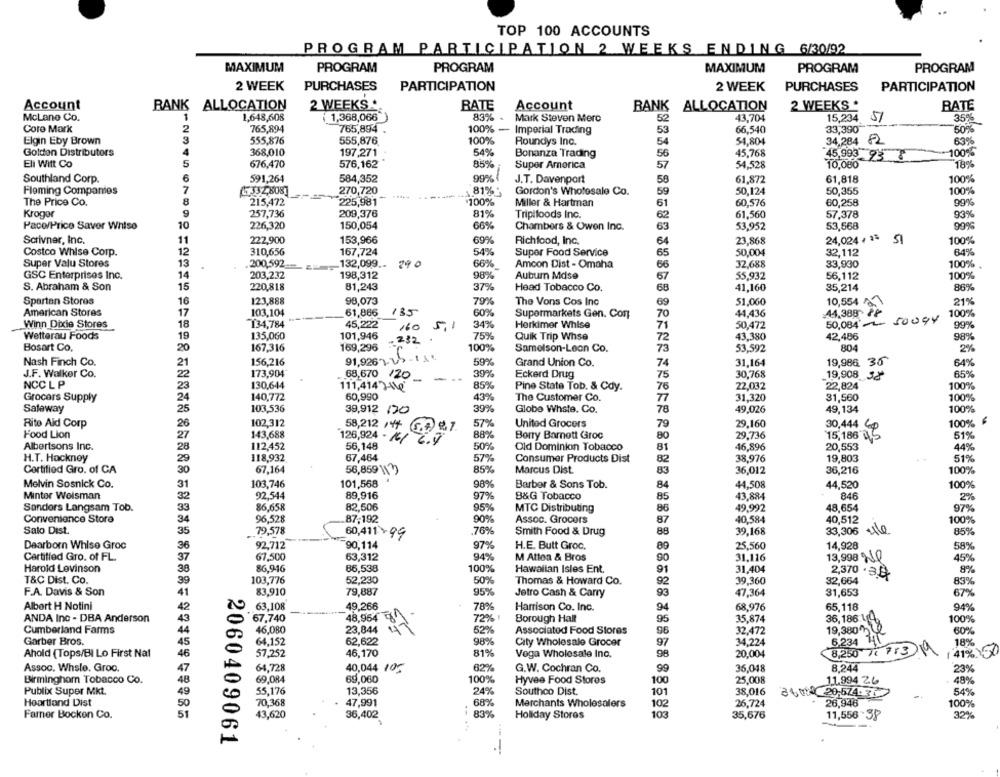
TOP 100 ACCOUNTS
PROGRAM PARTICIPATION 2 WEEKS ENDING 6/30/92
MAXIMUM
PROGRAM
PROGRAM
MAXIMUM
PROGRAM
PROGRAM
2 WEEK
PURCHASES
PARTICIPATION
2 WEEK
PURCHASES
PARTICIPATION
Account
RANK ALLOCATION
2 WEEKS ..
RATE
Account
BANK ALLOCATION
2 WEEKS *
RATE
McLane Co.
1,648,608
1,368,066
83% -
52
43,704
15,234
Mark Steven Merc
51
35%
Core Mark
765,894
765,894
100% - Imperial Trading
53
66,540
33,390
50%
Elgin Eby Brown
3
555,876
555,876
100%
Roundys Inc.
54
54,804
34,284 82
63%
Golden Distributors
368,010
197,271
54%
Bonanza Trading
56
45,768
100%
Ell Witt Co
5
676,470
576,162
85%
54,528
45,993 93 8
10,000
18%
2345
Super America
57
Southland Corp.
6
591,264
584,352
99% {
J.T. Davenport
58
61,872
61,818
100%
Fleming Companies
7
+32,808
270,720
1.81%-
Gordon's Wholesale Co.
59
50,124
50,355
100%
The Price Co.
8
215,472
225,981
100%
Miller & Hartman
61
60,576
60,258
99%
Krogør
9
257,736
209,376
81%
Tripifoods Inc.
62
61,560
57.378
93%
Paco/Price Saver Whise
10
226,320
150,054
66%
Chambers & Owen Inc.
63
53,952
53,568
99%
Scrivner, Inc.
11
222,900
153,966
69%
Richfood, Inc.
64
23,868
24,024 * ** SI
100%
Costco Whise Corp.
12
310,656
167,724
54%
Super Food Service
65
50,004
32,112
64%
Super Valu Stores
13
.200,592
132,099 ..
290
66%
Amcon Dist - Omaha
32,688
33,930
100%
66
GSC Enterprises Inc.
14
203,232
198,312
98%
Auburn Mdse
67
55,932
56,112
100%
S. Abraham & Son
15
220,818
81,243
37%
Head Tobacco Co.
68
41,160
35,214
86%
Spartan Stores
16
123,888
98,073
79%
The Vons Cos Inc
69
51,060
10,554
21%
American Stores
17
103,104
61,866
135
60%
44,436
100%
Supermarkets Gen. Con
70
44,388 FF
Winn Dixie Stores
18
134,784
45,222
160
51
34%
Herkimer Whise
71
50,472
50,084' ~~~
50094
99%
19
135,060
101,946
75%
Wetterau Foods
-232
Quik Trip Whse
72
43,380
42,486
98%
Bosart Co.
20
167,316
169,296
100%
Samelson-Leon Co.
73
53,592
804
2%
91,926 1-25 - 1
Nash Finch Co.
21
156,216
59%
Grand Union Co.
74
31,164
19,986 35
64%
J.F. Walker Co.
173,904
39%
Eckerd Drug
30,768
65%
68,670 120
75
19,908 32*
NCC L P
130,644
111,414 }\\Q
85%
Pine State Tob. & Cdy.
76
22,032
22,824
100%
140,772
60,990
43%
The Customer Co.
77
31,320
31,560
100%
Grocers Supply
Safeway
25
103,536
39,912 170
39%
Globe Whste, Co.
78
49,026
49,134
100%
Rito Ald Corp
26
102,312
58,212 /4+ 1.9 .7.
57%
United Grocers
79
29.160
100%
Food Lion
143,688
88%
Borry Barnett Groc
80
29,736
30,444 Cp
51%
27
126,924 - /6/
15,186 ℃
Albertsons Inc.
28
112,452
56,148
50%
Old Dominion Tobacco
81
46,896
20,553
44%
H.T. Hackney
118,932
67,464
57%
Consumer Products Dist
38.976
19,803
51%
82
Cortified Gro. of CA
30
67.164
56,859 \\3)
85%
Marcus Dist.
83
36,012
36,216
100%
103,746
98%
Melvin Sosnick Co.
31
101,568
Barber & Sons Tob.
84
44,508
44,520
100%
Mintor Welsman
92,544
89,916
97%
B&G Tobacco
85
43,884
846
82,506
Sandors Langsam Tob.
86,658
95%
MTC Distributing
86
49,992
48,654
97%
Convenience Store
96,528
87,192
90%
Assoc. Grocers
87
40,584
40,512
100%
Salo Dist.
35
79,578
60,411 - 99
.76%
Smith Food & Drug
88
39.168
33,306
85%
Dearborn Whise Groc
90,114
97%
H.E. Butt Groc.
25,560
14,928
36
92,712
89
58%
Certified Gro. of FL.
37
67.500
63,312
94%
M Attoa & Bros
90
31.116
13,998 ºNQ
45%
Harold Levinson
86.946
86,538
100%
Hawaiian Isles Ent.
8%
91
31,404
2,370 . 3.È
T&C Dist. Co.
103,776
52,230
50%
Thomas & Howard Co.
92
39,360
32,664
83%
F.A. Davis & Son
83,910
79,887
95%
Jetro Cash & Carry
93
47,364
31,653
67%
Albort H Notini
63.108
49,266
78%
Harrison Co. Inc.
94
68.976
65,118
94%
ANDA Inc - DBA Anderson
43
67,740
72% 1
Borough Hall
95
35,874
36,186 44
100%
Cumberland Farms
46.080
48,964 8
23,844
52%
Associated Food Stores
32.472
19,380 %
44
96
60%
Garber Bros.
45
64.152
62,622
98%
City Wholesale Grocer
97
34,224
6.234
18%
Ahold (Tops/BI Lo First Nal
57,252
46,170
81%
Voga Wholesale Inc.
98
20,004
8,250 x 7:3
1 41% 50
46
Assoc. Whsle, Groo.
47
64,728
40,044 105
62%
G.W. Cochran Co.
99
36,048
8.244
23%
Birmingham Tobacco Co.
48
69,084
69,060
100%
Hyvee Food Stores
100
25,008
11.994 26
48%
Publix Super Mkt.
55,176
13,356
24%
Southco Dist.
101
38,016
49
54%
Heartland Dist
50
70.368
47,991
68%
Merchants Wholesalers
102
26,724
26,946
100%
Farner Bocken Co.
51
43,620
36,402
83%
Holiday Stores
103
35,676
11,556 38
30%
2060409061